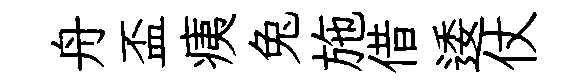
舟盃痍兔施借逶仗